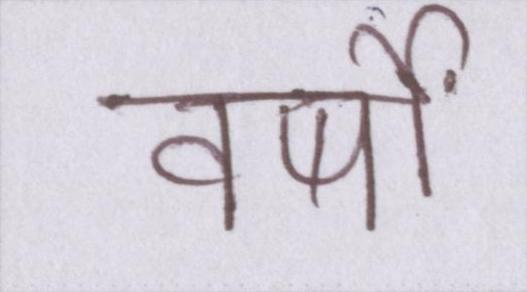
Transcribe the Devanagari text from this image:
वर्षों